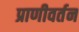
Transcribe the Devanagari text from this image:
प्राणीवर्तन